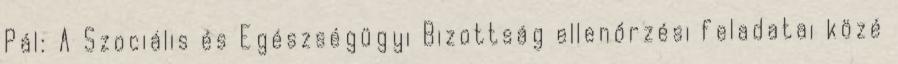
Pál: A Szociális és Egészségügyi Bizottság ellenőrzési feladatai közé